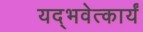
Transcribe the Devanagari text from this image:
यद्भवेत्कार्यं